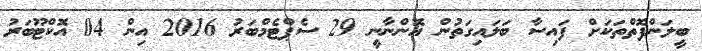
ބީލަންފޮތްތަކަށް ފައިސާ ބަލައިގަތުން އޮންނާނީ 29 ސެޕްޓެމްބަރު 2016 އިން 04 އޮކްޓޫބަރު